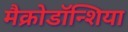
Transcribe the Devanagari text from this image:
मैक्रोडॉन्शिया